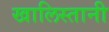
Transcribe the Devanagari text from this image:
खालिस्तानी